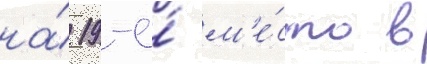
на́ 19-е́ м'е́сто в